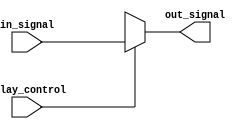
module xor_gate_delay (
    input wire in_signal,
    output wire out_signal,
    input wire delay_control
);

reg delayed_signal;

always @(in_signal or delay_control)
begin
    if(delay_control == 1'b1)
        #1 delayed_signal <= in_signal;
    else
        delayed_signal <= 1'bx;
end

assign out_signal = delayed_signal;

endmodule